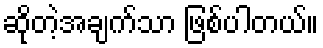
ဆိုတဲ့အချက်သာ ဖြစ်ပါတယ်။